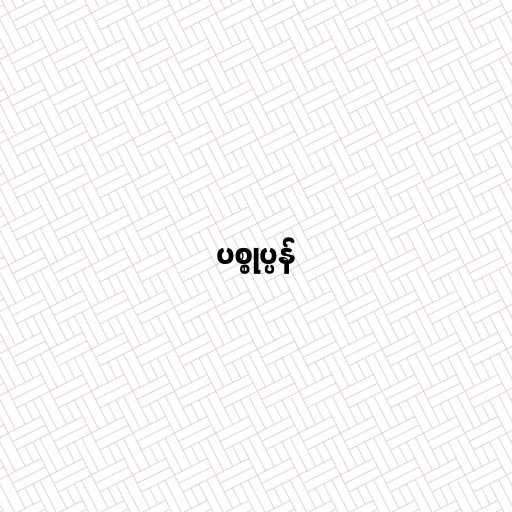
ပစ္စုပ္ပန်